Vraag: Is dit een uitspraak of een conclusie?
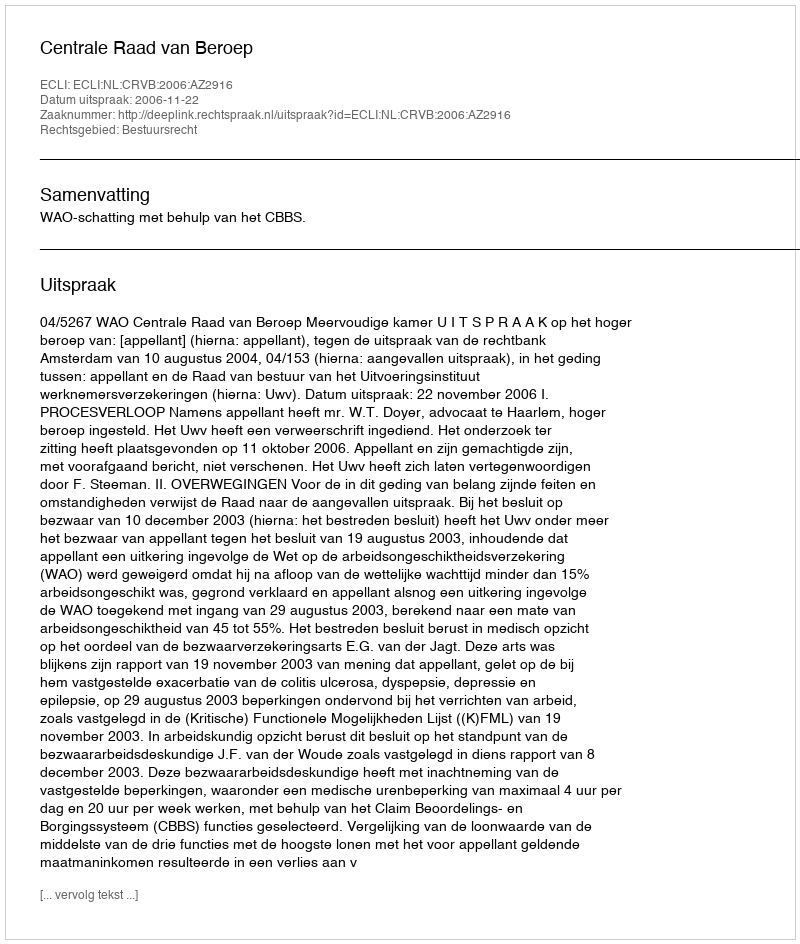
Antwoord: Uitspraak